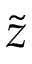
\widetilde { z }